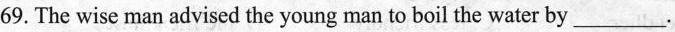
69. The wise man advised the young man to boil the water by _________.